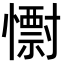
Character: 𭟅